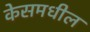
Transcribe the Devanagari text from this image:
केसमधील